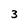
Character: 3